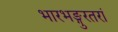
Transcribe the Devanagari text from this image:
भारभङ्गुरतरां